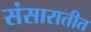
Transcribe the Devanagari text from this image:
संसारातीत